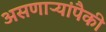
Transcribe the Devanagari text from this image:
असणाऱ्यांपैकी